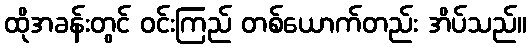
ထိုအခန်းတွင် ဝင်းကြည် တစ်ယောက်တည်း အိပ်သည်။